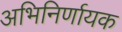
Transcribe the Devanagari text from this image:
अभिनिर्णायक